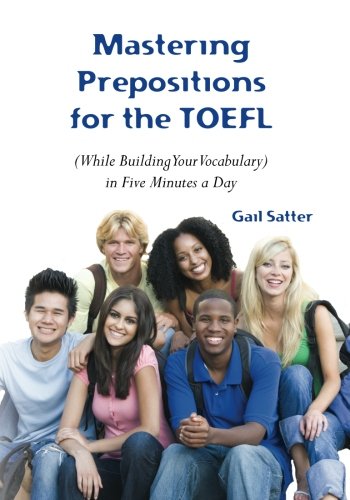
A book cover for Mastering Prepositions for the TOEFL in Five Minutes a Day; Gail Satter; Test Preparation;